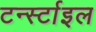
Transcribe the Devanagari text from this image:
टर्न्स्टाइल